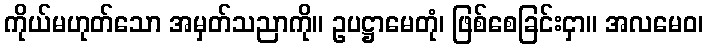
ကိုယ်မဟုတ်သော အမှတ်သညာကို။ ဥပဋ္ဌာမေတုံ၊ ဖြစ်စေခြင်းငှာ။ အလမေဝ၊